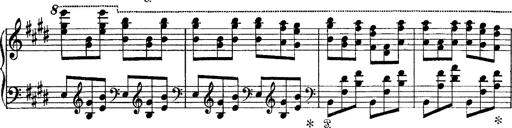
Title: Tarantelle di bravura dâ€™aprÃ¨s la tarantelle de La muette de Portici
Composer: Franz Liszt